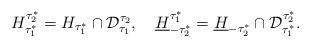
\begin{align*} H_{\tau_1^*}^{\tau_2^*}=H_{\tau_1^*}\cap \mathcal{D}_{\tau_1}^{ \tau_2},\quad\underline{H}_{-\tau_2^*}^{\tau_1^*}=\underline{H}_{-\tau_2^*}\cap \mathcal{D}_{\tau_1^*}^{ \tau_2^*}.\end{align*}